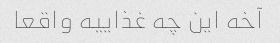
آخه این چه غذاییه واقعا